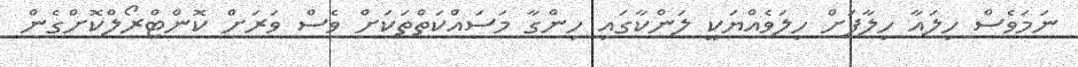
ނަމަވެސް ހިލައާ ހިލާފަށް ހިލަވެއްޔަކީ ލަންކާގައި ހިންގާ މަސައްކަތްތަކަށް ވެސް ވަރަށް ކޮންޓްރޯލްކޮށްގެން